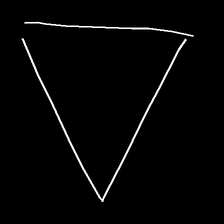
Glyph: convergence